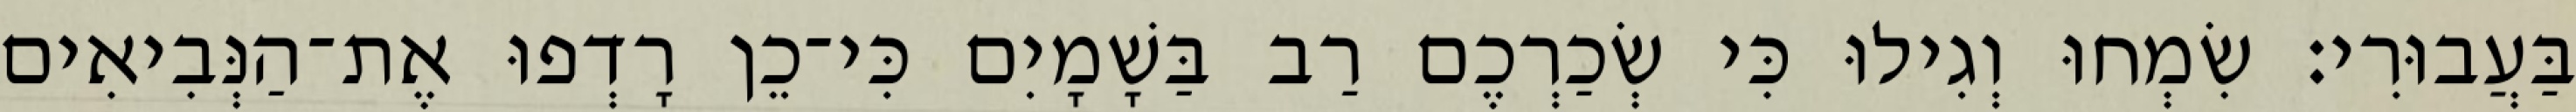
בַּעֲבוּרִי׃ שִׂמְחוּ וְגִילוּ כִּי שְׂכַרְכֶם רַב בַּשָׁמָיִם כִּי־כֵן רָדְפוּ אֶת־הַנְּבִיאִים